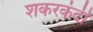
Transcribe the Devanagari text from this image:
शकरकंदी